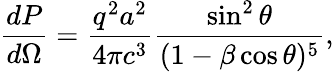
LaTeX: {\frac{dP}{d\Omega}}={\frac{q^{2}a^{2}}{4\pi c^{3}}}{\frac{\sin^{2}\theta}{(1-\beta\cos\theta)^{5}}},